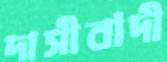
দাসীবাঁদী